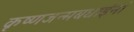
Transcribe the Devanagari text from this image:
कृष्णजन्मबधाईनां